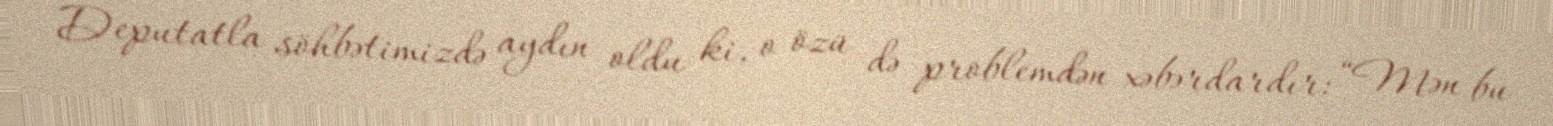
Deputatla söhbətimizdə aydın oldu ki, o özü də problemdən xəbərdardır: “Mən bu